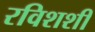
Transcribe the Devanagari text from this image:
रविशशी